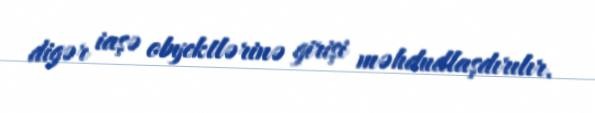
digər iaşə obyektlərinə girişi məhdudlaşdırılır.